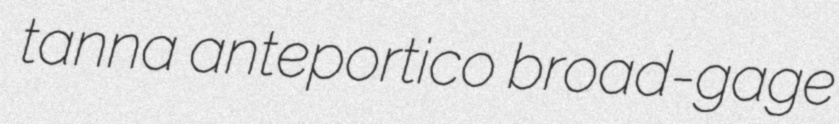
tanna anteportico broad-gage